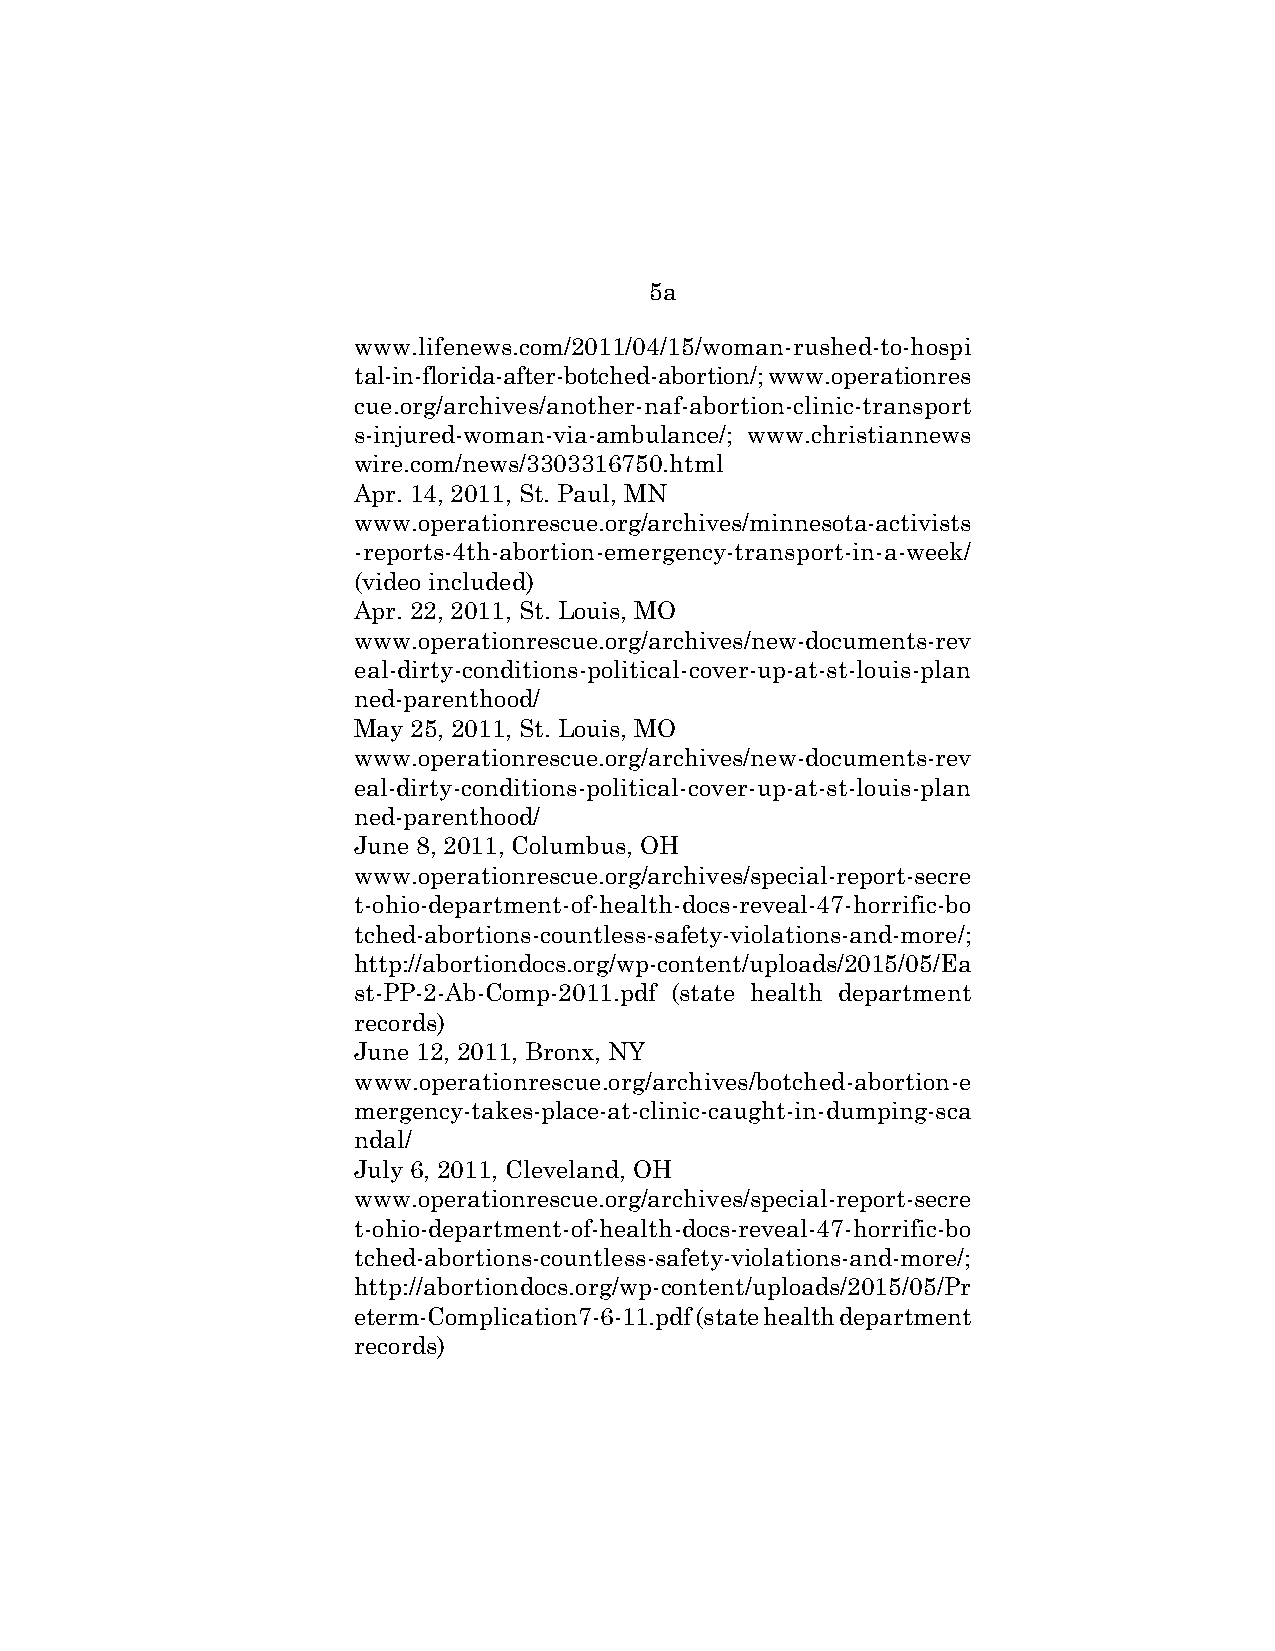
5a
 www.lifenews.com/2011/04/15/woman-rushed-to-hospi
 tal-in-florida-after-botched-abortion/; www.operationres
 cue.org/archives/another-naf-abortion-clinic-transport
 s-injured-woman-via-ambulance/; www.christiannews
 wire.com/news/3303316750.html
 Apr. 14, 2011, St. Paul, MN
 www.operationrescue.org/archives/minnesota-activists
 -reports-4th-abortion-emergency-transport-in-a-week/
 (video included)
 Apr. 22, 2011, St. Louis, MO
 www.operationrescue.org/archives/new-documents-rev
 eal-dirty-conditions-political-cover-up-at-st-louis-plan
 ned-parenthood/
 May 25, 2011, St. Louis, MO
 www.operationrescue.org/archives/new-documents-rev
 eal-dirty-conditions-political-cover-up-at-st-louis-plan
 ned-parenthood/
 June 8, 2011, Columbus, OH
 www.operationrescue.org/archives/special-report-secre
 t-ohio-department-of-health-docs-reveal-47-horrific-bo
 tched-abortions-countless-safety-violations-and-more/;
 http://abortiondocs.org/wp-content/uploads/2015/05/Ea
 st-PP-2-Ab-Comp-2011.pdf (state health department
 records)
 June 12, 2011, Bronx, NY
 www.operationrescue.org/archives/botched-abortion-e
 mergency-takes-place-at-clinic-caught-in-dumping-sca
 ndal/
 July 6, 2011, Cleveland, OH
 www.operationrescue.org/archives/special-report-secre
 t-ohio-department-of-health-docs-reveal-47-horrific-bo
 tched-abortions-countless-safety-violations-and-more/;
 http://abortiondocs.org/wp-content/uploads/2015/05/Pr
 eterm-Complication7-6-11.pdf (state health department
 records)